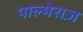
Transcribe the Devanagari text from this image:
पाल्मेराज़